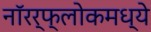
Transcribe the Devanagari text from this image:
नॉरर्फ्लोकमध्ये